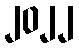
၂၀၂၂